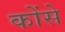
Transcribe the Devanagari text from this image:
कोंसे